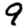
Digit: 9